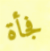
فجأة